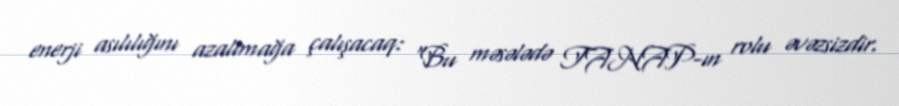
enerji asılılığını azaltmağa çalışacaq: “Bu məsələdə TANAP-ın rolu əvəzsizdir.